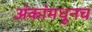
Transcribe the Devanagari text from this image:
अंकांमधूनच